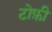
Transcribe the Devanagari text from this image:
टोफ़ी